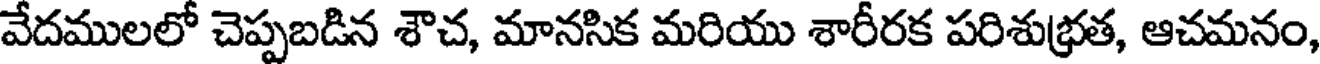
వేదములలో చెప్పబడిన శౌచ, మానసిక మరియు శారీరక పరిశుభ్రత, ఆచమనం,